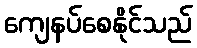
ကျေနပ်စေနိုင်သည်